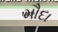
મૌદા